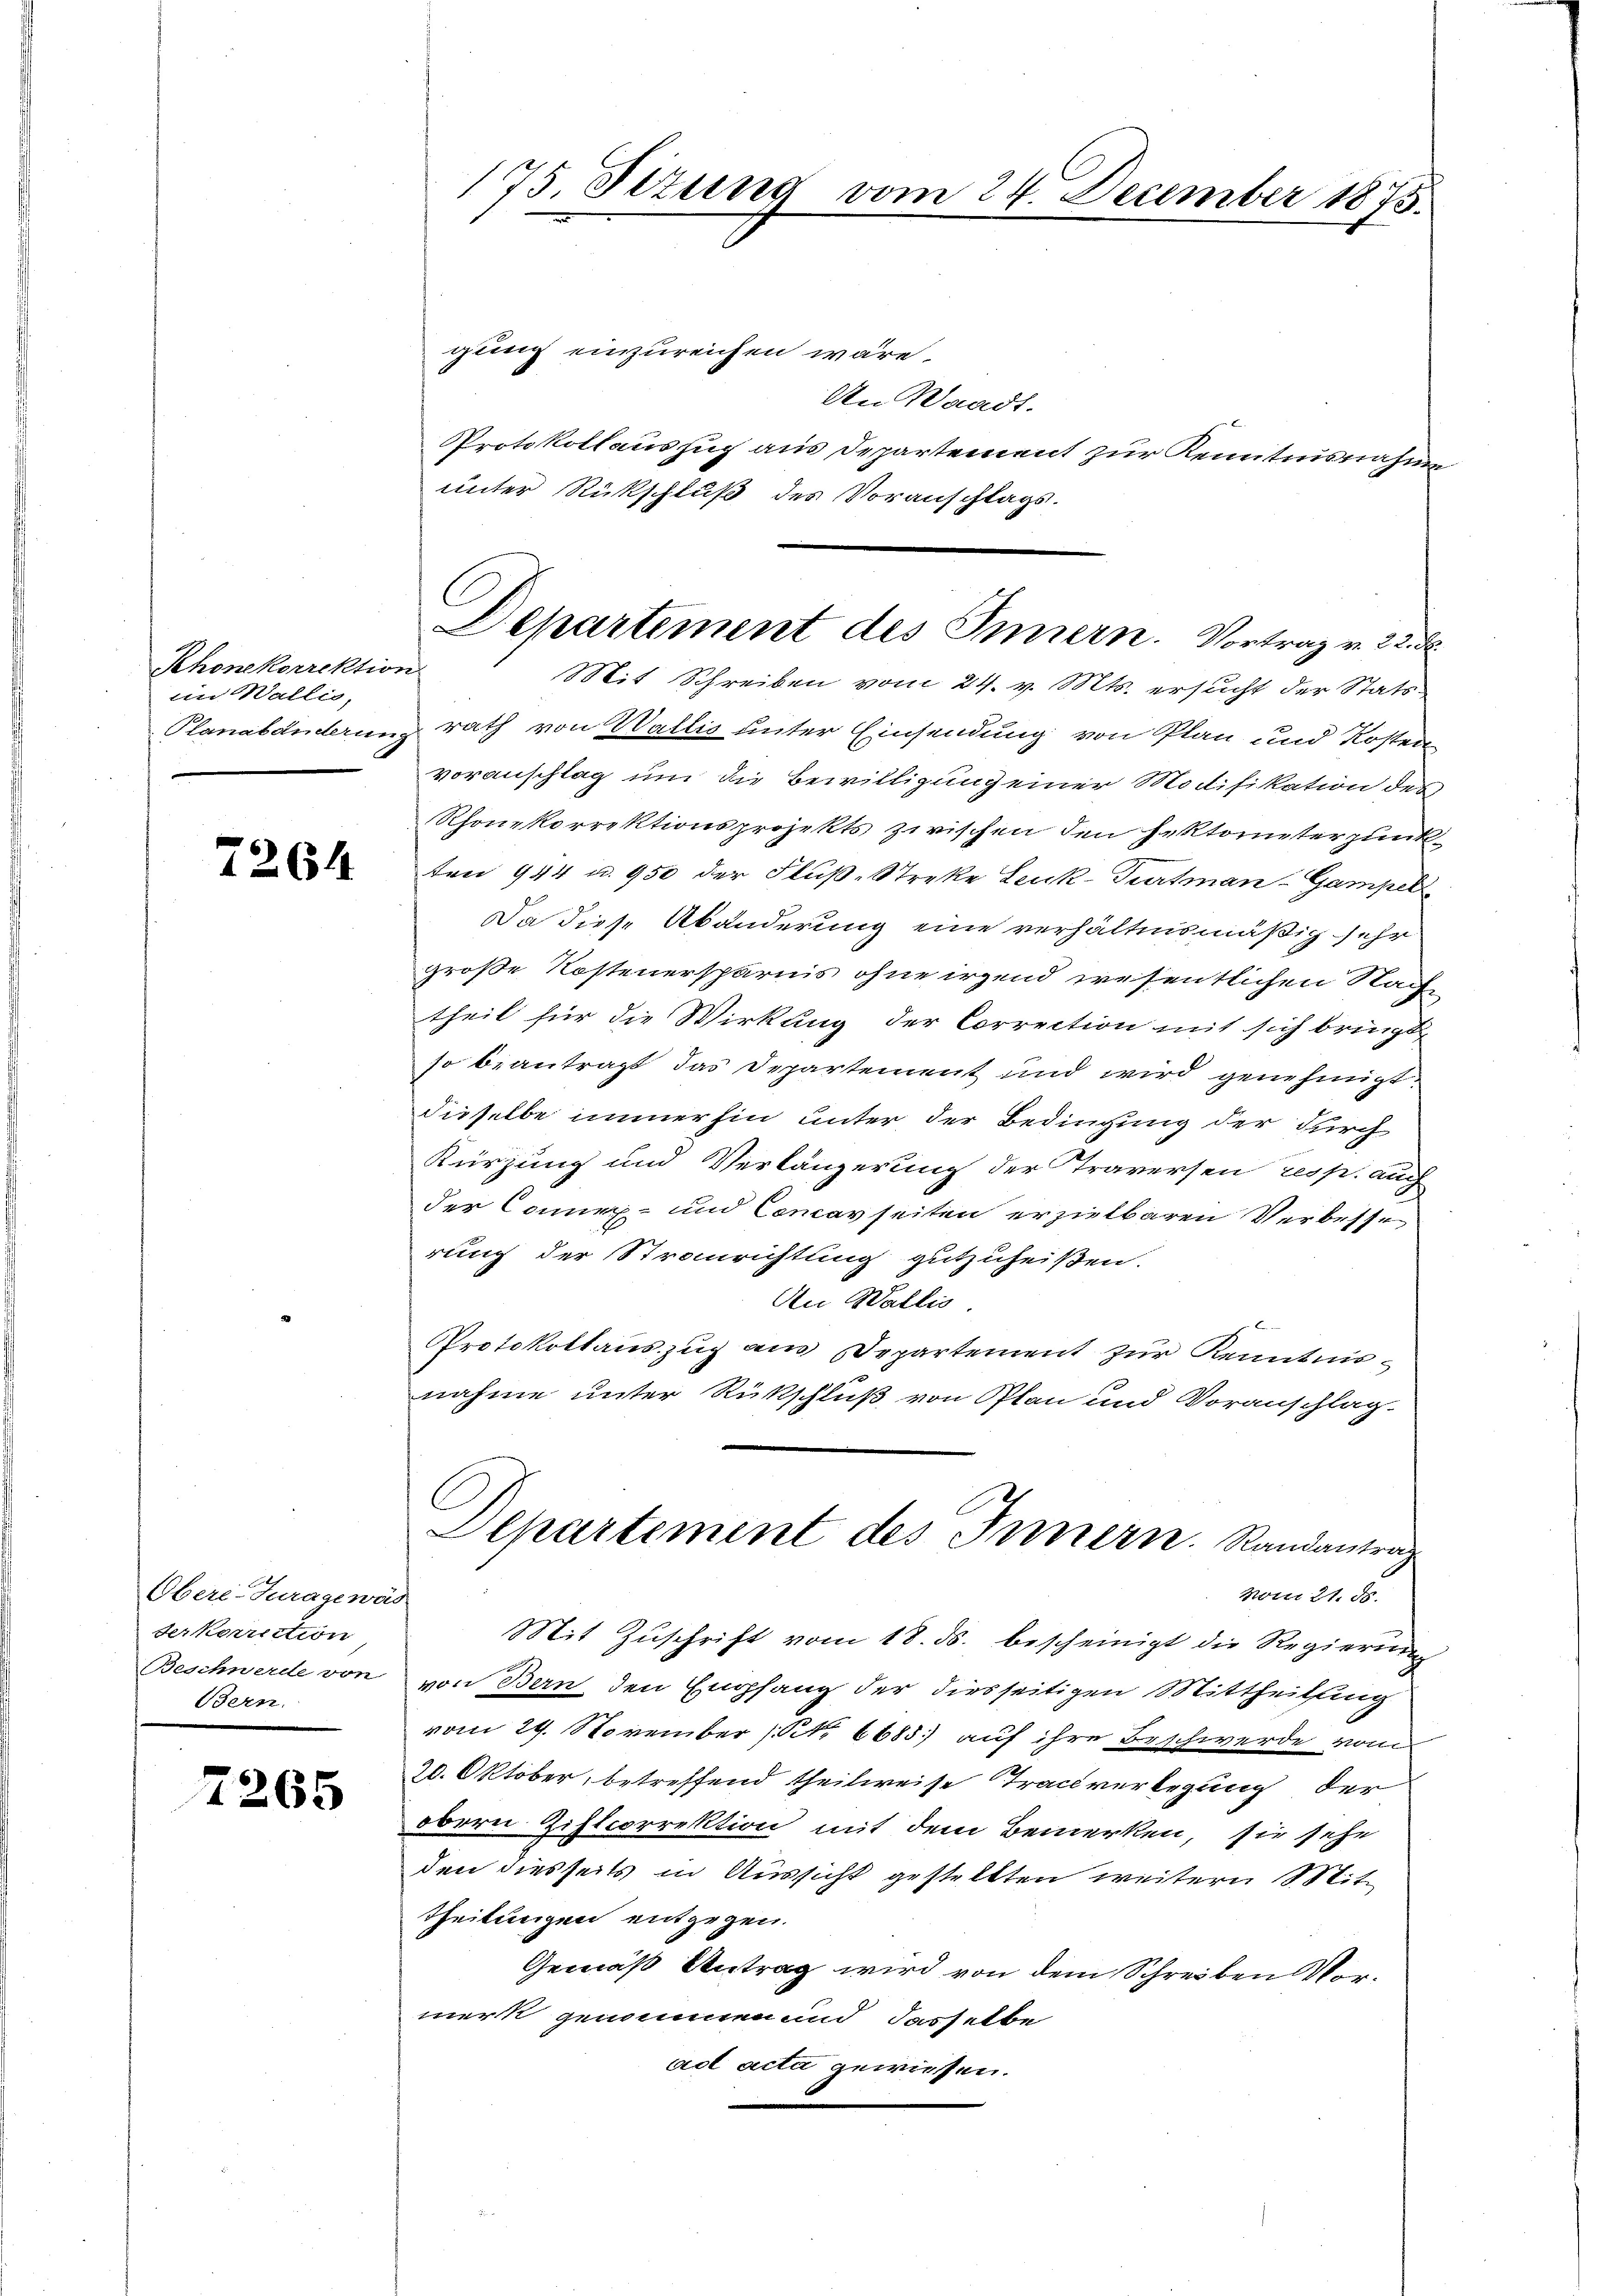
Rhonekorrektion
im Wallis,
Planabänderung

7264

Obere-Juragewäs
Ferkorrection
Beschwerde von
Bern.

7265

175. Sitzung vom 24. December 1875.

gung einzureichen wäre.
An Waadt.
Protokollauszug aus Departement zur Kenntnisnahme
unter Rückschluß des Voranschlags-
rath von Wallis unter Einsendung von Plan und Kosten
voranschlag um die Bewilligung einer Modifikation des
Rhonekorrektionsprojekts zwischen den Hektorneterpunkten 944 u. 950 der Fluß-Streke Leuk-Turtman Gampel
Da diese Abänderung eine verhältnismäßig sehr
große Kostenersparnis ohne irgend wesentlichen Nach
theil für die Wirkling der Correction mit sich bringt,
so beantragt das Departement und wird genehmigt.
dieselbe immerhin unter der Bedingung der durch
Kürzung und Verlängerung der Traversen resp. auch
der Comir- und Concavseiten erziehbaren Verbesse
rung der Stranrichtung gutzuheißen.
An Wallis
Protokollauszug aus Departement zur Kenntnisnahme unter Rückschluß von Plan und Voranschlag.
C
Departement des Innern. Randantrag
vom 21. ds.
Mit Zŭschrift vom 18. ds. bescheinigt die Regierung
von Bern den Empfang der diesseitigen Mittheilung
vom 29. November (S. 6685 auf ihre Beschwerde vom
20. Oktober, betreffend theilweise Trackverlegung der
obern Ziffcorrektion mit dem Bemerken, sie sehe
den diesseits in Aussicht gestellten weitern Mittheilungen entgegen.
Gemäß Antrag wird von dem Schreiben Vormerk genommen und dasselbe
ad acta gewiesen.

Departement des Innern. Vortrag v. 22. d
Mit Schreiben vom 24. v. Mts. ersucht der Stats¬